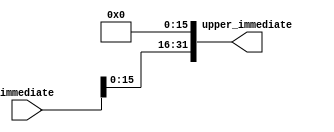
`timescale 1ns / 1ps
//////////////////////////////////////////////////////////////////////////////////
// Company: 
// Engineer: 
// 
// Design Name: 
// Module Name:    LUI 
// Project Name: 
// Target Devices: 
// Tool versions: 
// Description: 
//
// Dependencies: 
//
// Revision: 
// Revision 0.01 - File Created
// Additional Comments: 
//
//////////////////////////////////////////////////////////////////////////////////
module LUI(upper_immediate, immediate);

	output [31:0] upper_immediate;
	
	input [31:0] immediate;
	
	assign upper_immediate[31:16] = immediate[15:0];
	assign upper_immediate[15:0] = 16'b0;

endmodule